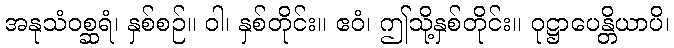
အနုသံဝစ္ဆရံ၊ နှစ်စဉ်။ ဝါ၊ နှစ်တိုင်း။ ဧဝံ၊ ဤသို့နှစ်တိုင်း။ ဝုဋ္ဌာပေန္တိယာပိ၊